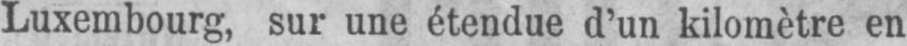
Luxembourg, sur une étendue d’un kilomètre en